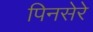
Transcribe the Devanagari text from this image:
पिनसेरे